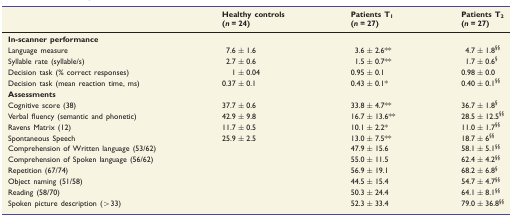
<table><thead><tr><td rowspan="2">[EMPTY_CELL]</td><td><b>Healthy controls</b></td><td><b>Patients T<sub>1</sub></b></td><td><b>Patients T<sub>2</sub></b></td></tr><tr><td><b>(<i>n</i> = 24)</b></td><td><b>(<i>n</i> = 27)</b></td><td><b>(<i>n</i> = 27)</b></td></tr></thead><tbody><tr><td colspan="4"><b>In-scanner performance</b></td></tr><tr><td>Language measure</td><td>7.6 ± 1.6</td><td>3.6 ± 2.6**</td><td>4.7 ± 1.8<sup>§§</sup></td></tr><tr><td>Syllable rate (syllable/s)</td><td>2.7 ± 0.6</td><td>1.5 ± 0.7**</td><td>1.7 ± 0.6<sup>§</sup></td></tr><tr><td>Decision task (% correct responses)</td><td>1 ± 0.04</td><td>0.95 ± 0.1</td><td>0.98 ± 0.0</td></tr><tr><td>Decision task (mean reaction time, ms)</td><td>0.37 ± 0.1</td><td>0.43 ± 0.1*</td><td>0.40 ± 0.1<sup>§§</sup></td></tr><tr><td colspan="4"><b>Assessments</b></td></tr><tr><td>Cognitive score (38)</td><td>37.7 ± 0.6</td><td>33.8 ± 4.7**</td><td>36.7 ± 1.8<sup>§</sup></td></tr><tr><td>Verbal fluency (semantic and phonetic)</td><td>42.9 ± 9.8</td><td>16.7 ± 13.6**</td><td>28.5 ± 12.5<sup>§§</sup></td></tr><tr><td>Ravens Matrix (12)</td><td>11.7 ± 0.5</td><td>10.1 ± 2.2*</td><td>11.0 ± 1.7<sup>§§</sup></td></tr><tr><td>Spontaneous Speech</td><td>25.9 ± 2.5</td><td>13.0 ± 7.5**</td><td>18.7 ± 6<sup>§§</sup></td></tr><tr><td>Comprehension of Written language (53/62)</td><td>[EMPTY_CELL]</td><td>47.9 ± 15.6</td><td>58.1 ± 5.1<sup>§§</sup></td></tr><tr><td>Comprehension of Spoken language (56/62)</td><td>[EMPTY_CELL]</td><td>55.0 ± 11.5</td><td>62.4 ± 4.2<sup>§§</sup></td></tr><tr><td>Repetition (67/74)</td><td>[EMPTY_CELL]</td><td>56.9 ± 19.1</td><td>68.2 ± 6.8<sup>§</sup></td></tr><tr><td>Object naming (51/58)</td><td>[EMPTY_CELL]</td><td>44.5 ± 15.4</td><td>54.7 ± 4.7<sup>§§</sup></td></tr><tr><td>Reading (58/70)</td><td>[EMPTY_CELL]</td><td>50.3 ± 24.4</td><td>64.1 ± 8.1<sup>§§</sup></td></tr><tr><td>Spoken picture description (&gt;33)</td><td>[EMPTY_CELL]</td><td>52.3 ± 33.4</td><td>79.0 ± 36.8<sup>§§</sup></td></tr></tbody></table>